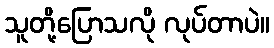
သူတို့ပြောသလို လုပ်တာပဲ။